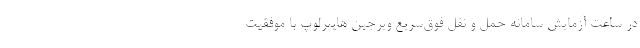
در ساعت آزمایش سامانه حمل و نقل فوق‌سریع ویرجین هایپرلوپ با موفقیت